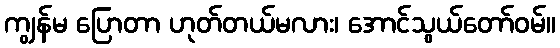
ကျွန်မ ပြောတာ ဟုတ်တယ်မလား၊ အောင်သွယ်တော်ဝမ်။